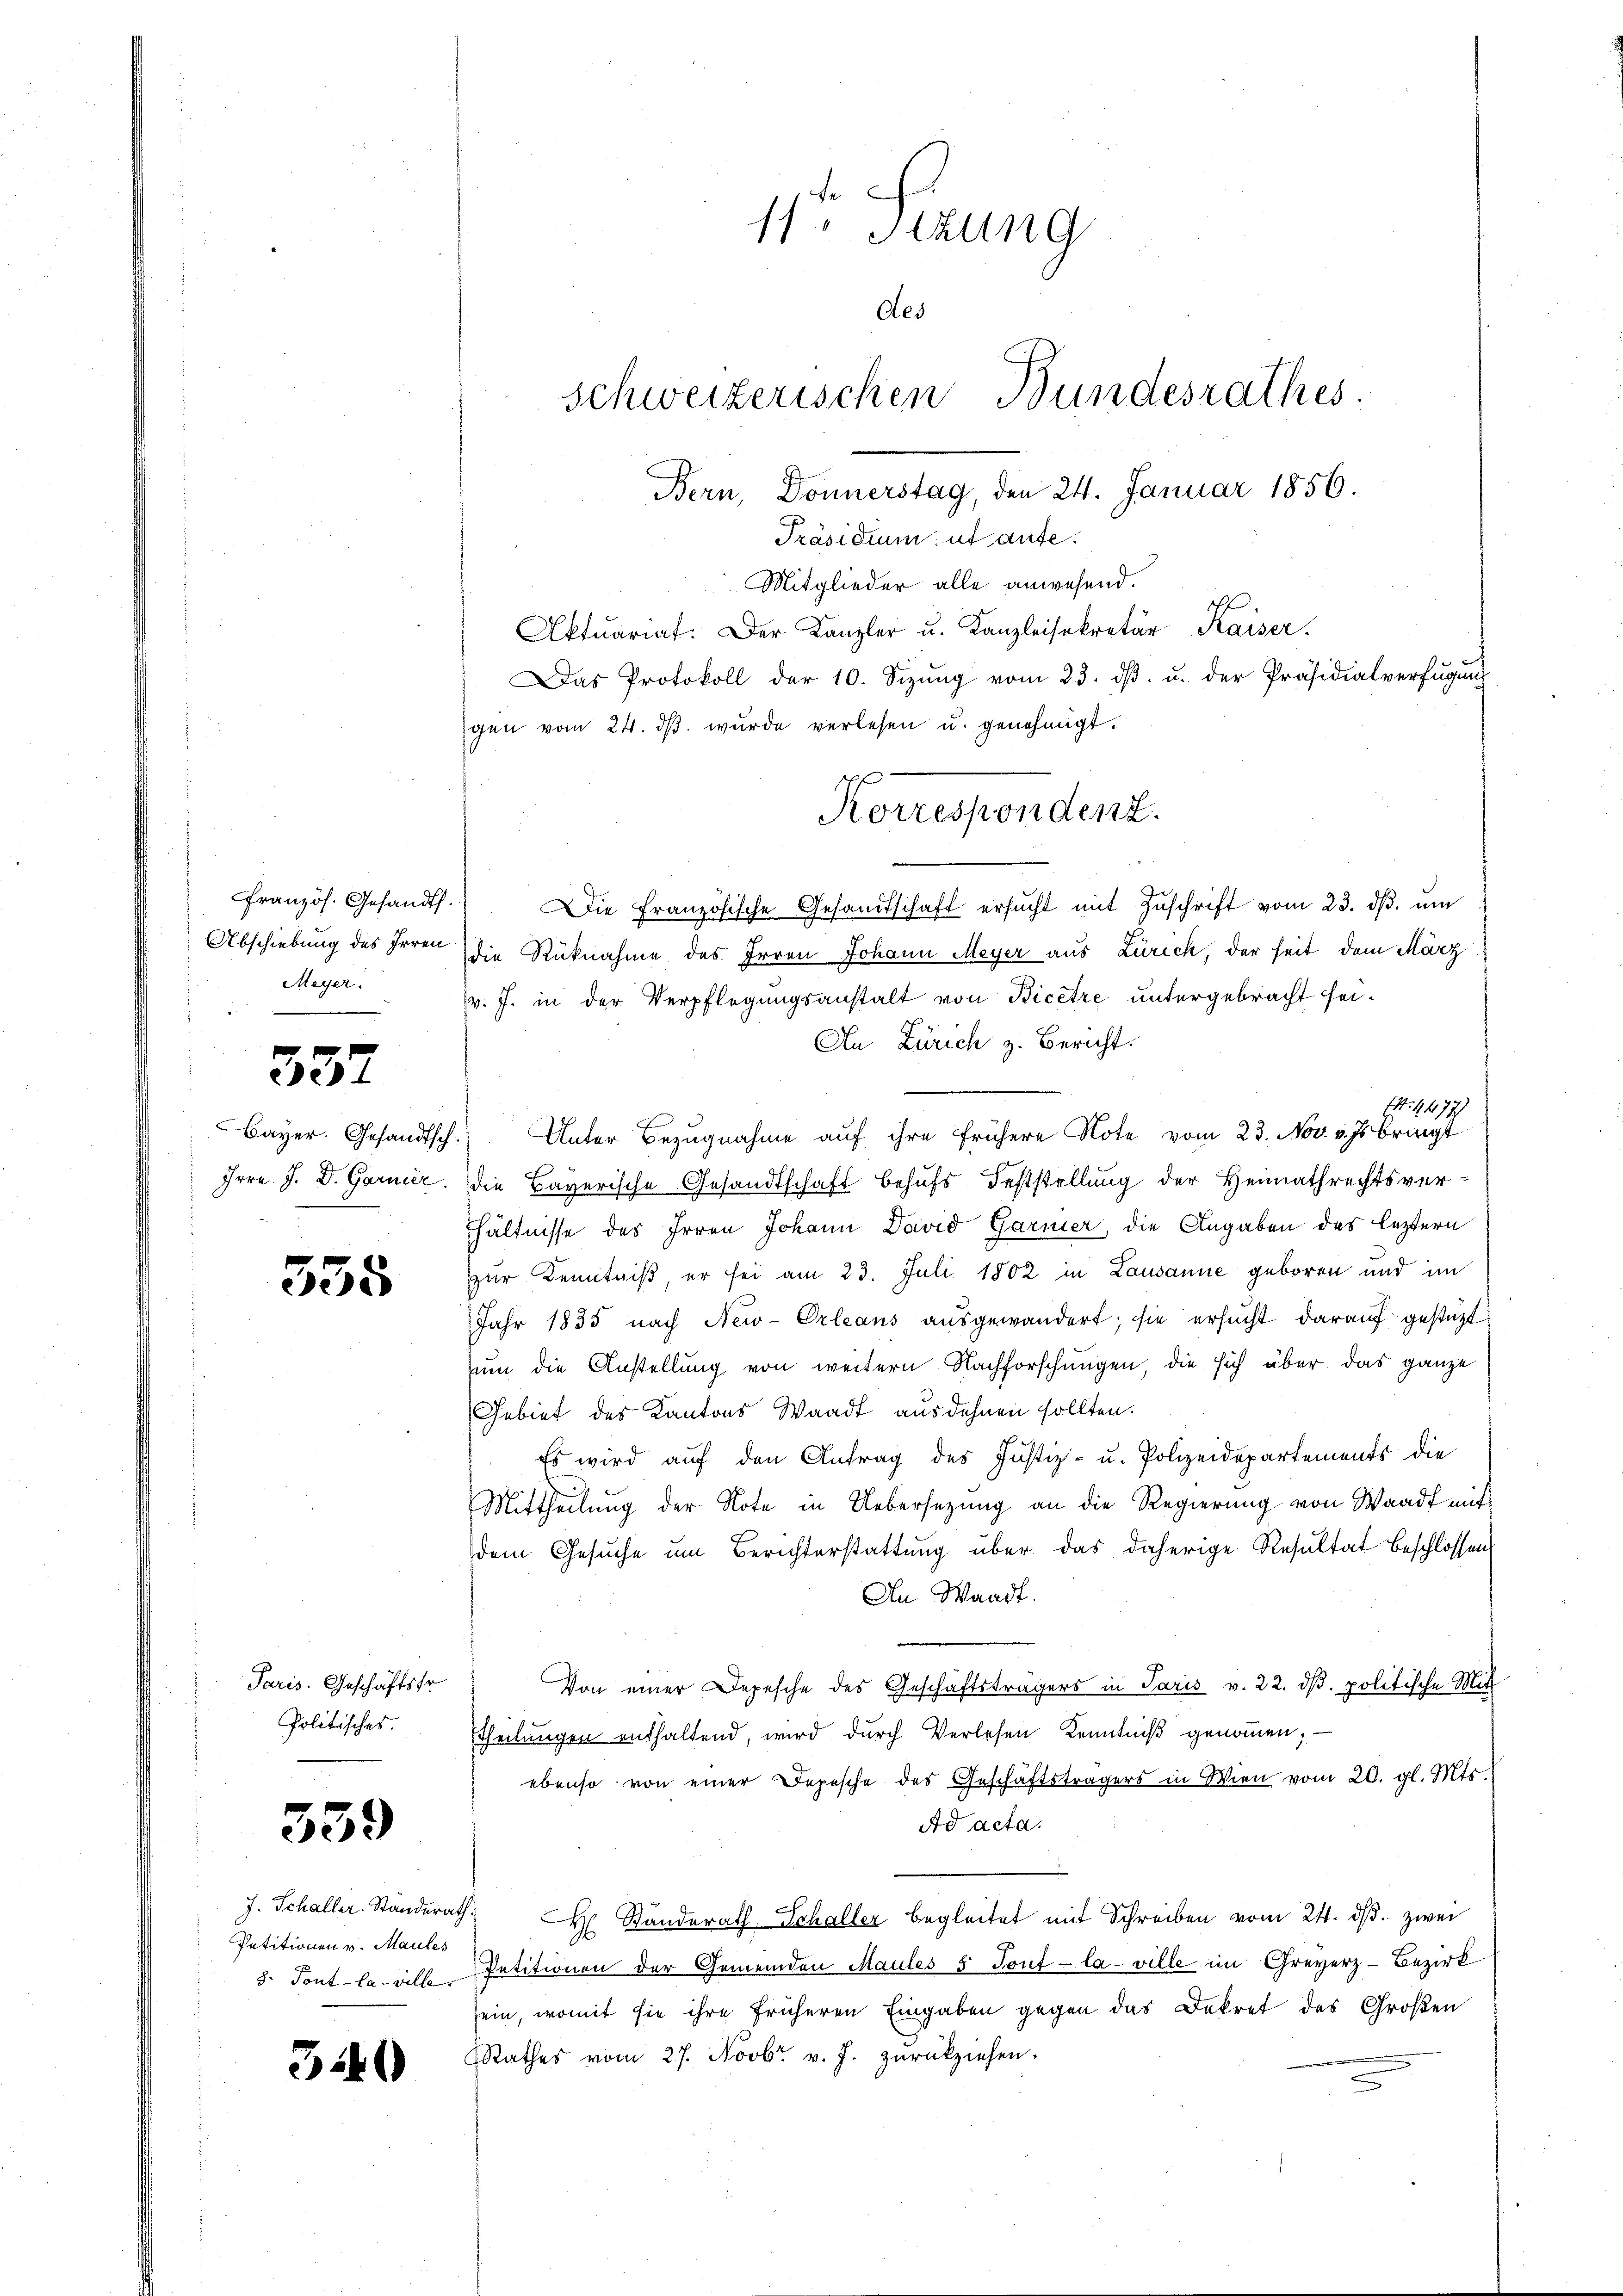
französ. Gesandt.
Abschiebung des Irren
Meyer.

337

Bayer. Gesandtsch.
Irrn. J. D. Garnier

338

Paris. Geschäftsfr
Politisches.

339

J. Schaller. Standerath
Petitionen v. Maules
8. Tout la ville

340

11. Sitzung
des
Schweizerischen Bundesrathes.
Bern, Donnerstag, den 24. Januar 1856.
Präsidium, ut aufe.
Mitglieder alle anwesend.
Aktuariat. Der Kanzler u. Kanzleisekretär Kaiser.
Das Protokoll der 10. Sizŭng vom 23. dβ. u. der Präsidialverfŭgŭng
gen vom 24. dβ wŭrde verlesen u. genehmigt.

Die Französische Gesandtschaft ersucht mit Zuschrift vom 23. ds. um
die Rücknahme des Irren Johann Meyer aus Zürich, der seit dem März
v. J. in der Verpflegungsanstalt von Bicetre untergebracht sei.
An Zürich z. Bericht.
44. 4477)
f
Unter Bezugnahme auf ihre frühere Note vom 23. Nov. v. Js. bringt
die Bayerische Gesandtschaft behufs Feststellung der Heimathrechtsverhältnisse des Irren Johann David Garner, die Angaben des leztern
zur Kenntniß, er sei am 23. Juli 1802 in Lausanne geboren und im
Jahr 1835 nach New-Orleans ausgewandert; sie ersucht darauf gestüzt
zum die Anstellung von weitern Nachforschungen die sich über das ganze
Gebiet des Kantons Waadt ausdehnen sollten.
Es wird auf den Antrag des Justiz- u. Polizeidepartements die
Mittheilung der Note in Uebersetzung an die Regierung von Waadt mit
dem Gesŭche um Berichterstattung über das daherige Resultat beschlossen
An Waadt.
Von einer Depesche des Geschäftsträgers in Paris v. 22. dβ. politische Mit
Theilŭngen enthaltend, wird dŭrch Verlesen Kenntniβ genoṁen; —
ebenso von einer Depesche des Geschäftsträgers in Wien vom 20. gl. Mts.
Ad acta.
 H. Standerath Schaller begleitet mit Schreiben vom 24. dβ. zwei
Petitionen der Gemeinden Maules 5 Tout la ville im Greyerz-Bezirk
sein, womit sie ihre früheren Eingaben gegen das Dekret des Großen
Rathes vom 27. Novbr. v. J. zurückziehen.

Korrespondenz.